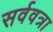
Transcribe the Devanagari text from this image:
सर्ववत्रा